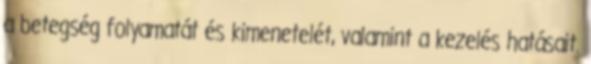
a betegség folyamatát és kimenetelét, valamint a kezelés hatásait.